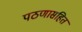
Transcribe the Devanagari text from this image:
पठणासहित